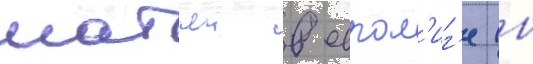
матчеи в еврол'иг'е (в